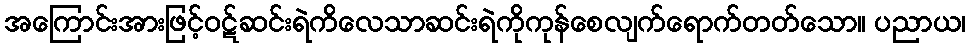
အကြောင်းအားဖြင့်ဝဋ်ဆင်းရဲကိလေသာဆင်းရဲကိုကုန်စေလျက်ရောက်တတ်သော။ ပညာယ၊